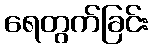
ရေတွက်ခြင်း